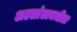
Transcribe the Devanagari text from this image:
अटलांटामधील